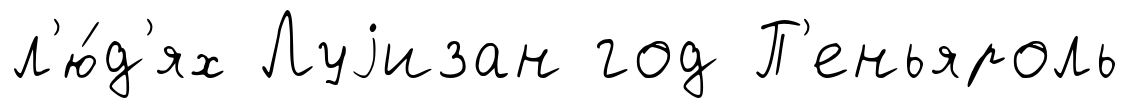
л'ю́д'ях Луjизан год П'еньяроль